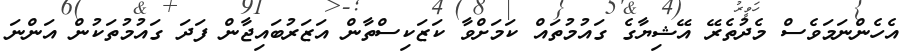
އެހެންނަމަވެސް މެދުތެރޭ އޭޝިޔާގެ ގައުމުތައް ކަމަށްވާ ކަޒަކިސްތާން އަޒަރުބައިޖާން ފަދަ ގައުމުތަކުން އަންނަ